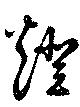
燈